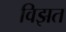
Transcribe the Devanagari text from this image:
विझत